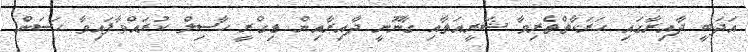
އަދަބީ ދާއިރާގައި ހަރަކާތްތެރިވާ ޝަރީއަތާއި ގާނޫނީ ދާއިރާއިން ޑިގްރީ ހާސިލް ކުރައްވާފައިވާ ހަސަން